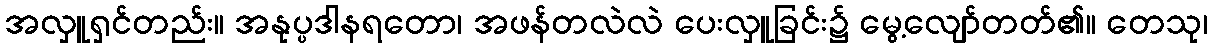
အလှူရှင်တည်း။ အနုပ္ပဒါနရတော၊ အဖန်တလဲလဲ ပေးလှူခြင်း၌ မွေ့လျော်တတ်၏။ တေသု၊